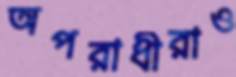
অপরাধীরাও